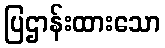
ပြဌာန်းထားသော